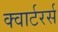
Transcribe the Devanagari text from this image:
क्वार्टरर्स